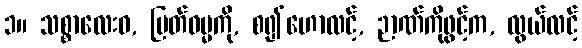
၁။ သစ္စာလေးဝ, မြတ်ဓမ္မကို, စ၍ဟောလင့်, ဉာဏ်ကိုဖွင့်က, လွယ်လင့်